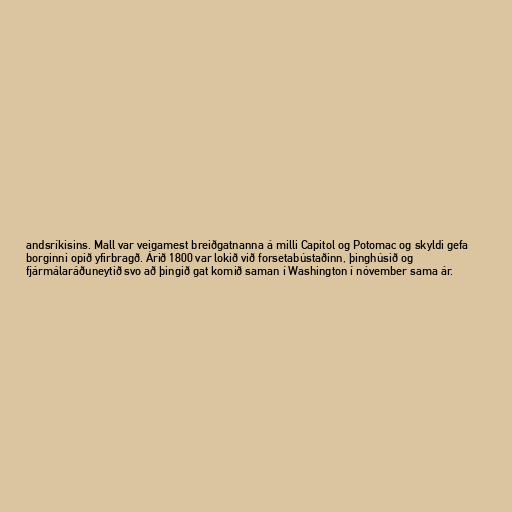
andsríkisins. Mall var veigamest breiðgatnanna á milli Capitol og Potomac og skyldi gefa
borginni opið yfirbragð. Árið 1800 var lokið við forsetabústaðinn, þinghúsið og
fjármálaráðuneytið svo að þingið gat komið saman í Washington í nóvember sama ár.